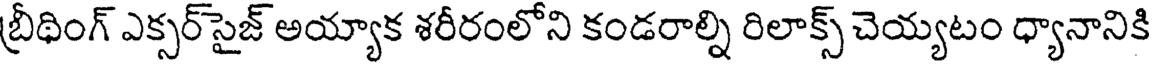
బ్రీథింగ్ ఎక్సర్సైజ్ అయ్యాక శరీరంలోని కండరాల్ని రిలాక్స్ చెయ్యటం ధ్యానానికి